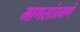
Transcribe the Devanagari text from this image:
माणसांप्रमणे